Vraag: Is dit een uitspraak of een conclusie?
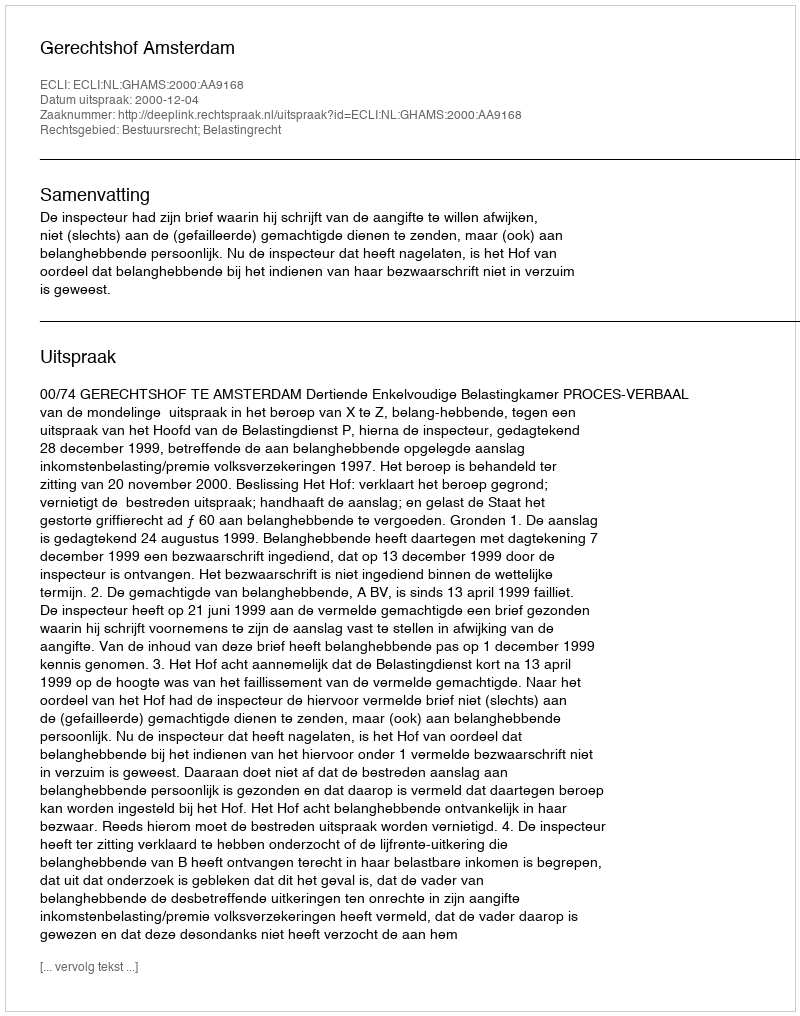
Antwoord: Uitspraak